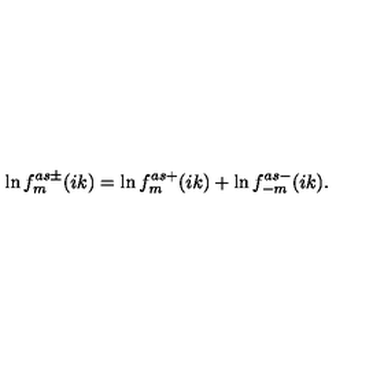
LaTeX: \ln f _ { m } ^ { a s \pm } ( i k ) = \ln f _ { m } ^ { a s + } ( i k ) + \ln f _ { - m } ^ { a s - } ( i k ) .